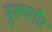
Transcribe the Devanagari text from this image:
मुख्‍यतौर